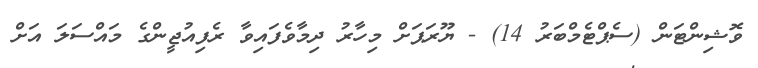
ވޮޝިންޓަން (ސެޕްޓެމްބަރު 14) - ޔޫރަޕަށް މިހާރު ދިމާވެފައިވާ ރެފިއުޖީންގެ މައްސަލަ އަށް